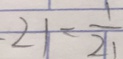
- 2 1 = \frac { 1 } { 2 1 }